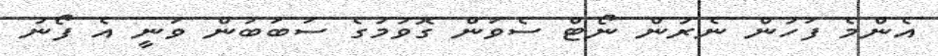
އެންމެ ފަހުން ނެރުން ނޯޓް ސެވަން ގޮވުމުގެ ސަބަބުން ވަނީ އެ ފޯނު